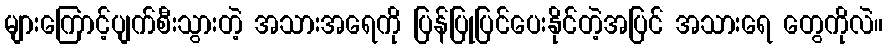
များကြောင့်ပျက်စီးသွားတဲ့ အသားအရေကို ပြန်ပြုပြင်ပေးနိုင်တဲ့အပြင် အသားရေ တွေကိုလဲ။